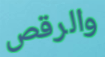
والرقص